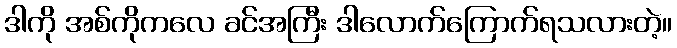
ဒါကို အစ်ကိုကလေ ခင်အကြီး ဒါလောက်ကြောက်ရသလားတဲ့။